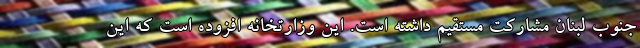
جنوب لبنان مشارکت مستقیم داشته است. این وزارتخانه افزوده است که این